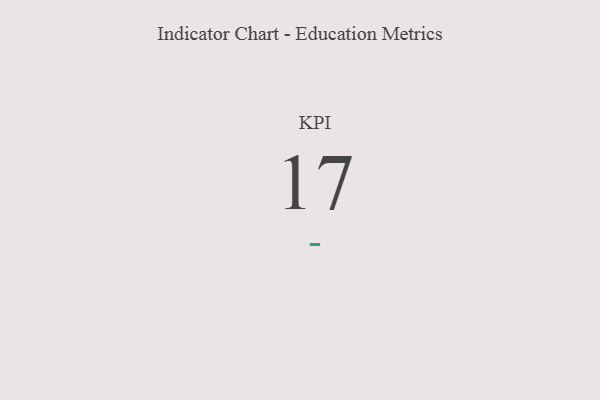
{"axis": {"x": "KPI", "y": "Value"}, "legend": [""], "data": [{"x": "KPI", "y": 17, "type": ""}]}